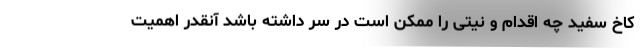
کاخ سفید چه اقدام و نیتی را ممکن است در سر داشته باشد آنقدر اهمیت